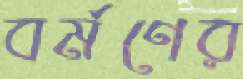
বর্মণের